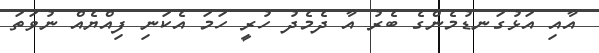
އާއި އަޅުގަނޑުމެންގެ ބެރު އާ ދެމެދު ހުރީ ހަމަ އެކަނި ފިއްޔެއް ނުވަތަ